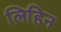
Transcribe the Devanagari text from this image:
लिहिन